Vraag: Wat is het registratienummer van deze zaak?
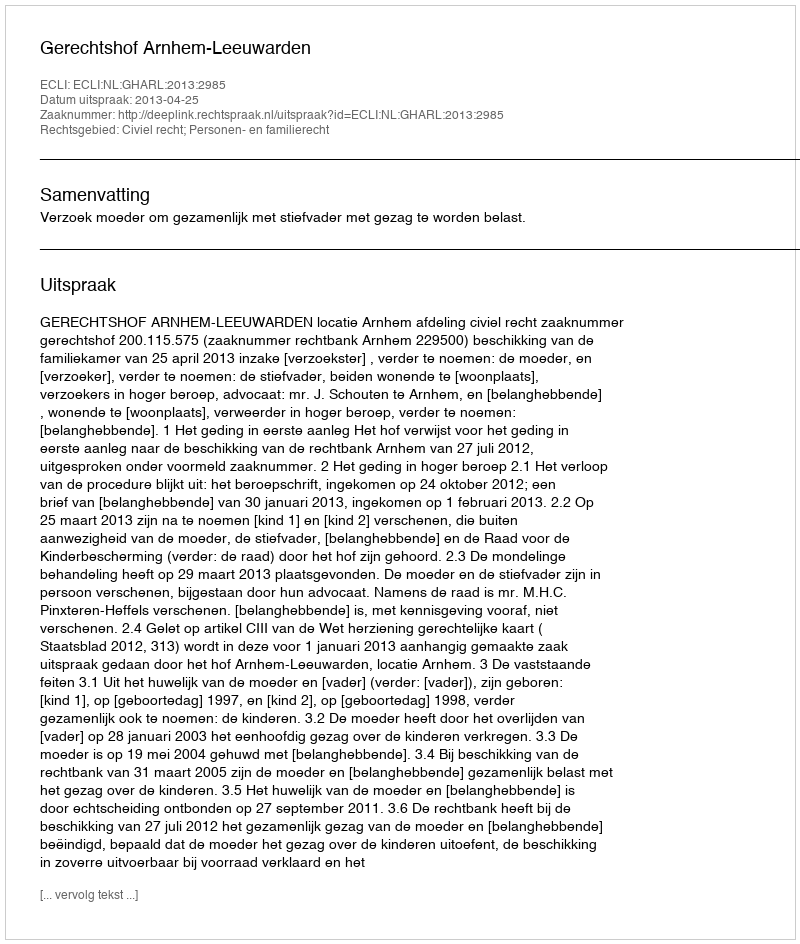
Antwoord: http://deeplink.rechtspraak.nl/uitspraak?id=ECLI:NL:GHARL:2013:2985